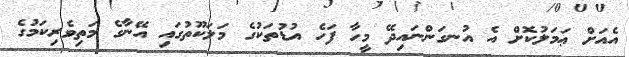
އެއަށް ޢަމަލުކޮށް އެ އުނގަންނައިދޭ މީހާ ފަހެ އުޑުތަކުގެ މަލަކޫތުގައި އޭނާގެ މަތިވެރިކަމުގެ